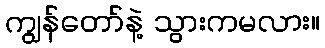
ကျွန်တော်နဲ့ သွားကမလား။